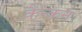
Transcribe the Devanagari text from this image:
कैन्कन